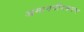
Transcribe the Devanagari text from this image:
अमानवीयकरण